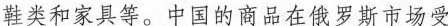
鞋类和家具等。中国的商品在俄罗斯市场受